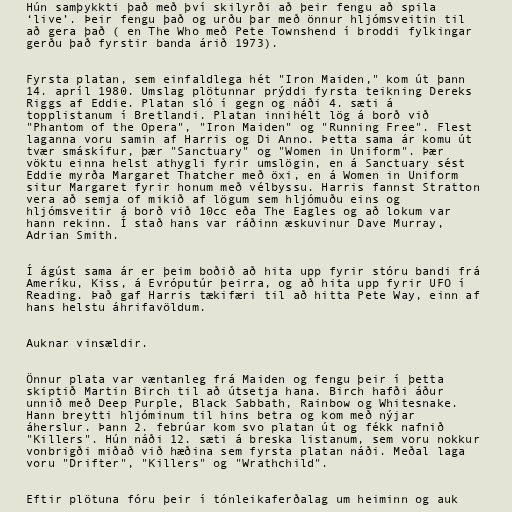
Hún samþykkti það með því skilyrði að þeir fengu að spila
‘live’. Þeir fengu það og urðu þar með önnur hljómsveitin til
að gera það ( en The Who með Pete Townshend í broddi fylkingar
gerðu það fyrstir banda árið 1973).

Fyrsta platan, sem einfaldlega hét "Iron Maiden," kom út þann
14. apríl 1980. Umslag plötunnar prýddi fyrsta teikning Dereks
Riggs af Eddie. Platan sló í gegn og náði 4. sæti á
topplistanum í Bretlandi. Platan innihélt lög á borð við
"Phantom of the Opera", "Iron Maiden" og "Running Free". Flest
laganna voru samin af Harris og Di Anno. Þetta sama ár komu út
tvær smáskífur, þær "Sanctuary" og "Women in Uniform". Þær
vöktu einna helst athygli fyrir umslögin, en á Sanctuary sést
Eddie myrða Margaret Thatcher með öxi, en á Women in Uniform
situr Margaret fyrir honum með vélbyssu. Harris fannst Stratton
vera að semja of mikið af lögum sem hljómuðu eins og
hljómsveitir á borð við 10cc eða The Eagles og að lokum var
hann rekinn. Í stað hans var ráðinn æskuvinur Dave Murray,
Adrian Smith.

Í ágúst sama ár er þeim boðið að hita upp fyrir stóru bandi frá
Ameríku, Kiss, á Evróputúr þeirra, og að hita upp fyrir UFO í
Reading. Það gaf Harris tækifæri til að hitta Pete Way, einn af
hans helstu áhrifavöldum.

Auknar vinsældir.

Önnur plata var væntanleg frá Maiden og fengu þeir í þetta
skiptið Martin Birch til að útsetja hana. Birch hafði áður
unnið með Deep Purple, Black Sabbath, Rainbow og Whitesnake.
Hann breytti hljóminum til hins betra og kom með nýjar
áherslur. Þann 2. febrúar kom svo platan út og fékk nafnið
"Killers". Hún náði 12. sæti á breska listanum, sem voru nokkur
vonbrigði miðað við hæðina sem fyrsta platan náði. Meðal laga
voru "Drifter", "Killers" og "Wrathchild".

Eftir plötuna fóru þeir í tónleikaferðalag um heiminn og auk